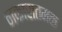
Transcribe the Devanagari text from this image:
नकारातमक